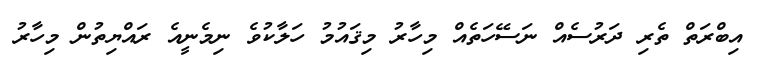
އިބްރަތް ތެރި ދަރުސެއް ނަސޭހަތެއް މިހާރު މިޤައުމު ހަލާކުވެ ނިމެނީއެ ރައްޔިތުން މިހާރު